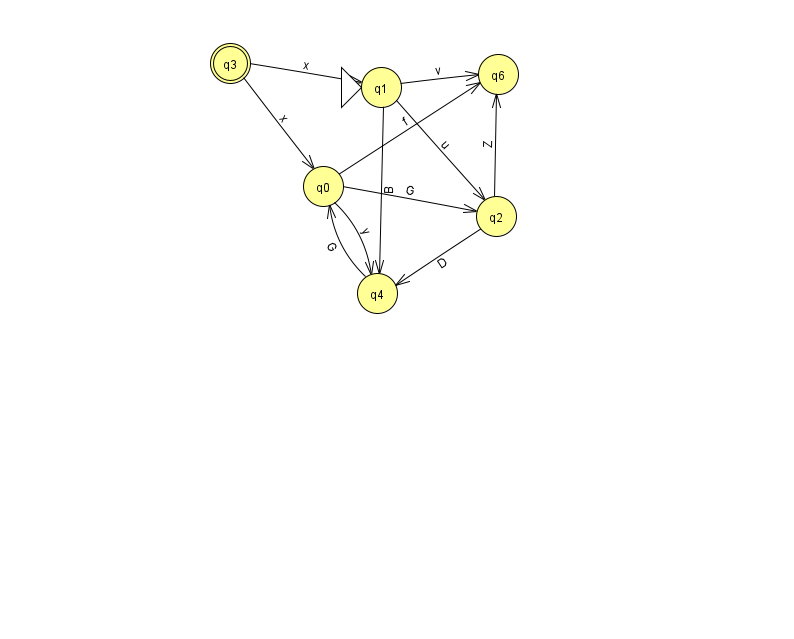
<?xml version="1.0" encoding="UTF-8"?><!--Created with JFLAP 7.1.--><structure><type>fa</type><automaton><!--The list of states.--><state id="0" name="q0"><x>323.0</x><y>173.0</y></state><state id="1" name="q1"><x>381.0</x><y>74.0</y><initial/></state><state id="2" name="q2"><x>496.0</x><y>203.0</y></state><state id="3" name="q3"><x>230.0</x><y>50.0</y><final/></state><state id="4" name="q4"><x>377.0</x><y>280.0</y></state><state id="6" name="q6"><x>498.0</x><y>61.0</y></state><!--The list of transitions.--><transition><from>0</from><to>2</to><read>G</read></transition><transition><from>0</from><to>4</to><read>y</read></transition><transition><from>3</from><to>0</to><read>x</read></transition><transition><from>1</from><to>2</to><read>u</read></transition><transition><from>3</from><to>1</to><read>x</read></transition><transition><from>2</from><to>6</to><read>Z</read></transition><transition><from>2</from><to>4</to><read>D</read></transition><transition><from>1</from><to>6</to><read>v</read></transition><transition><from>0</from><to>6</to><read>f</read></transition><transition><from>1</from><to>4</to><read>B</read></transition><transition><from>4</from><to>0</to><read>G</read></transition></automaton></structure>